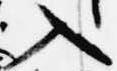
入